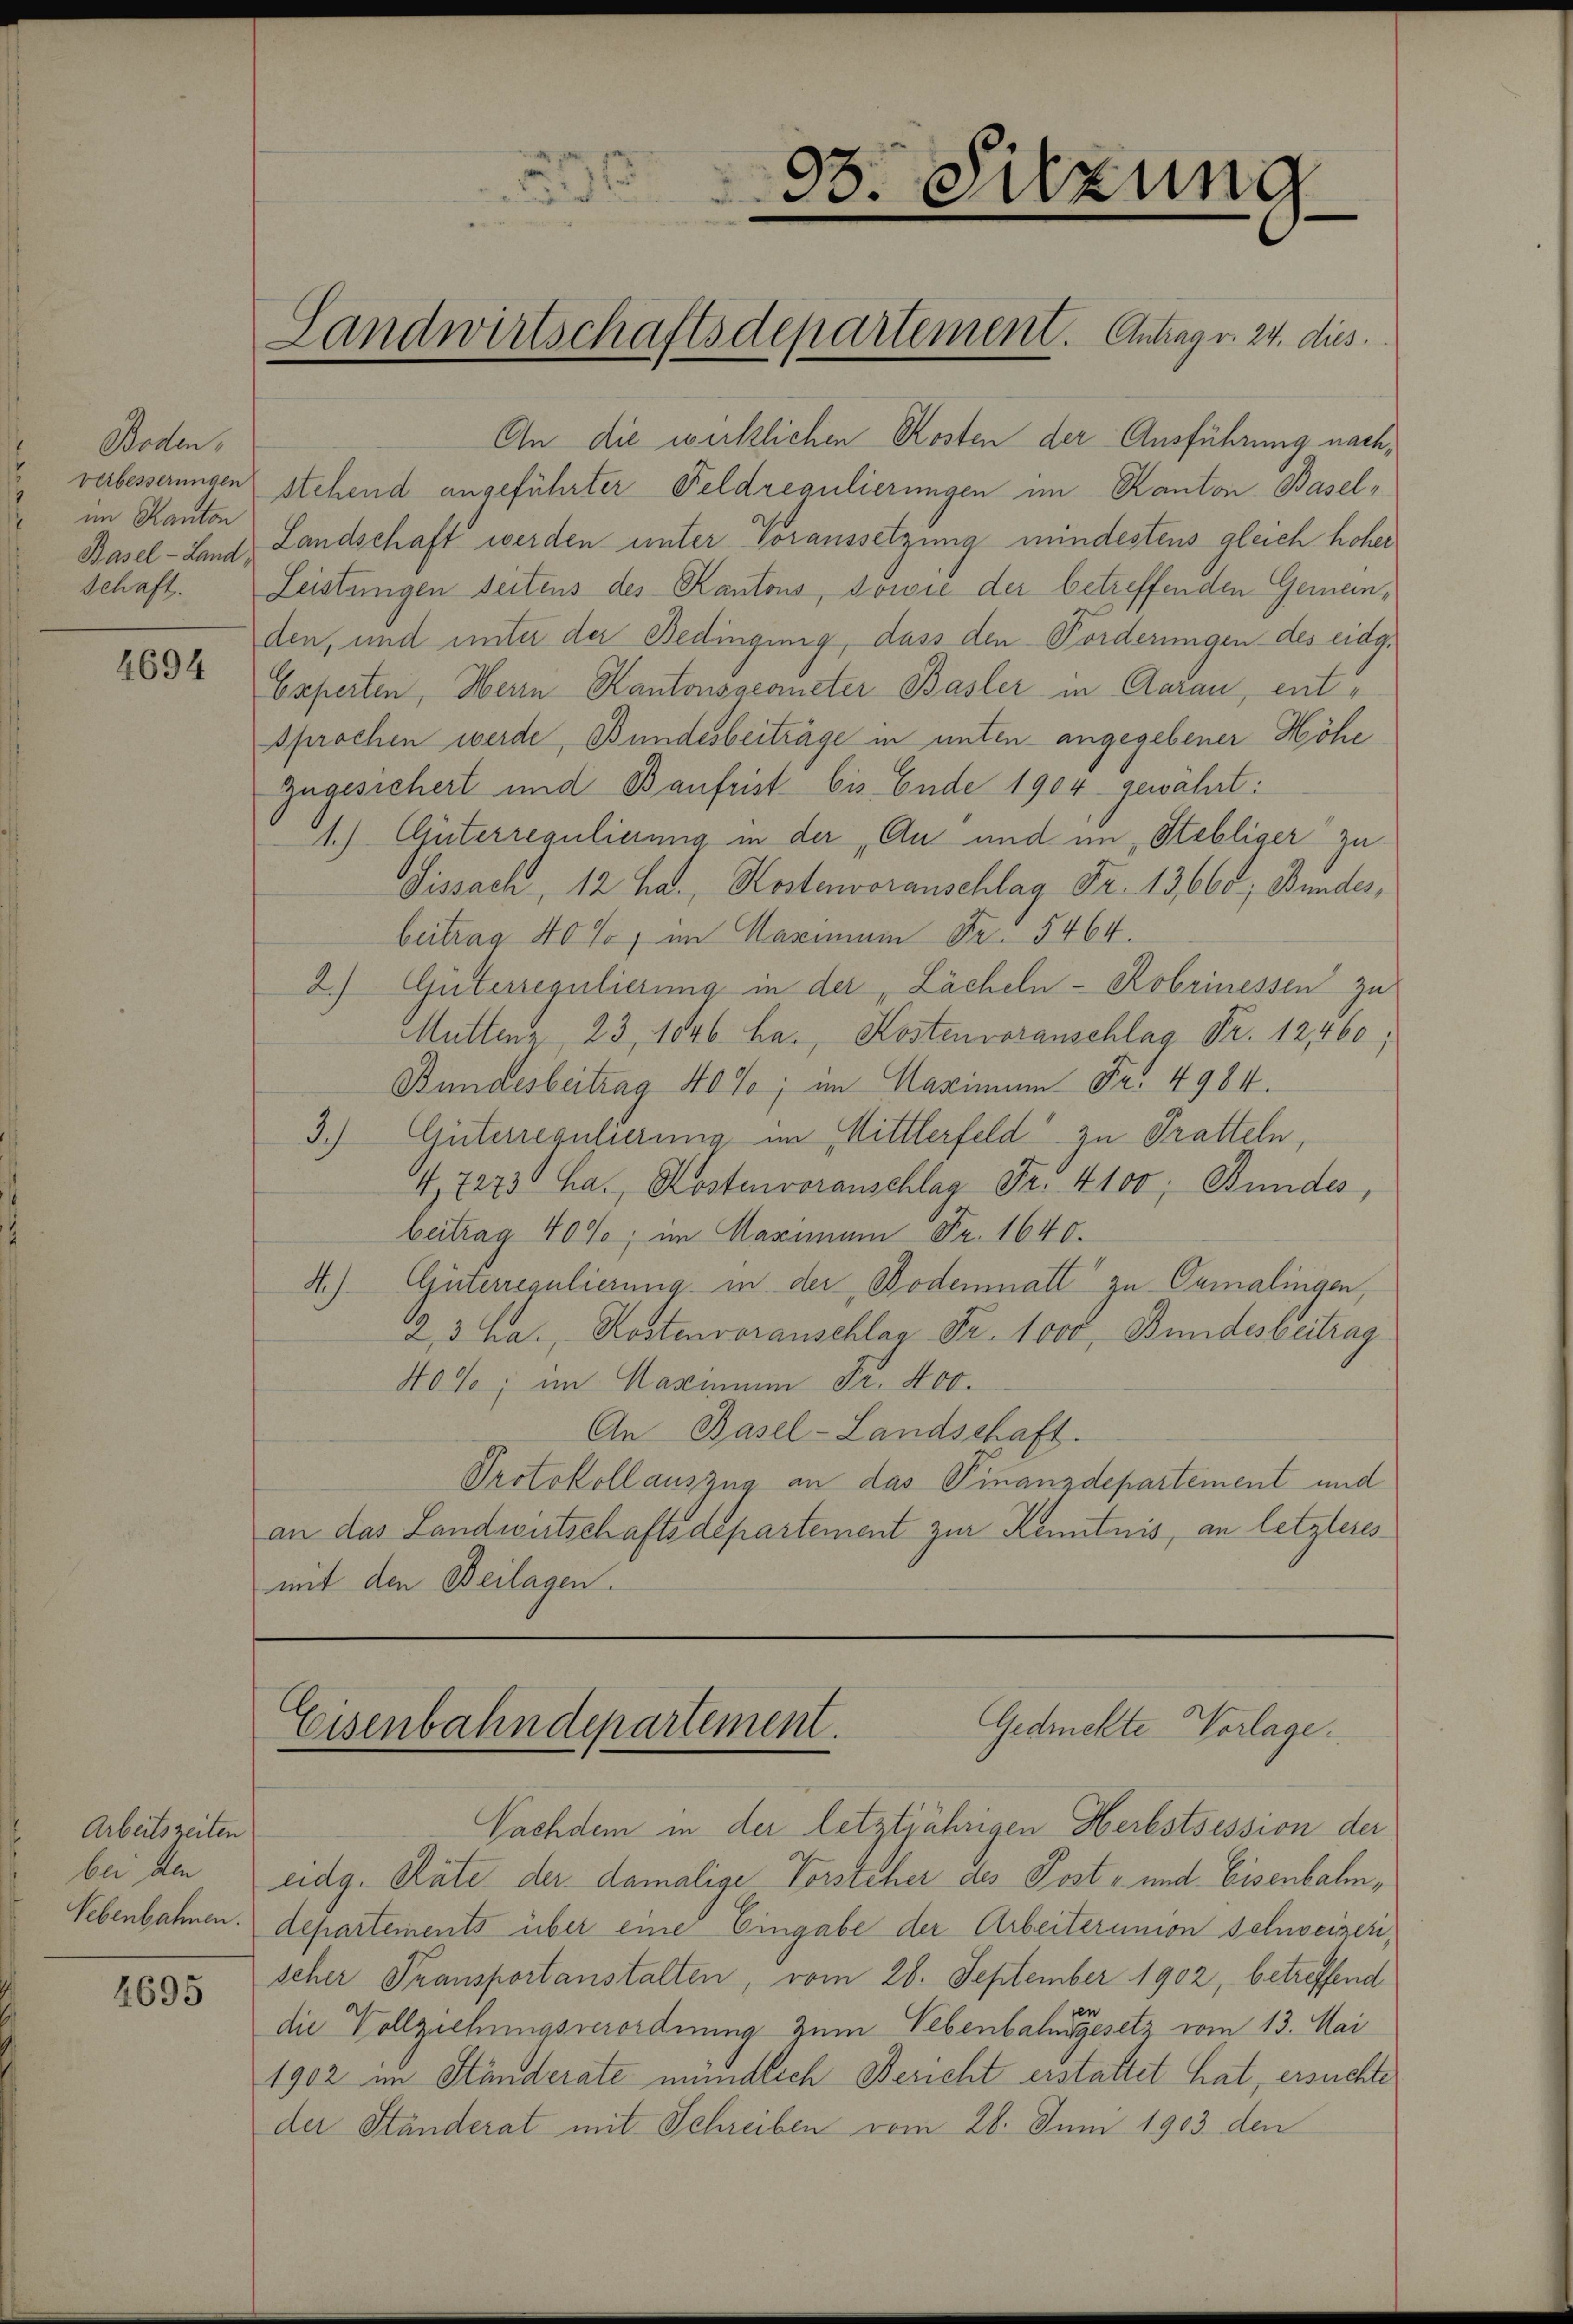
Boden,
im Kanton
Schaft.

4694

Arbeitszeiten
ber den
Vebenbahnen.

4695

An die wirklichen Kosten der Ausführung nachverbesserungen stehend angeführter Feldregulierungen im Kanton Basel¬
Basel-Land Landschaft werden unter Voraussetzung mindestens gleich höher
Leistungen seitens des Kantons, sowie der betreffenden Gemeinden, und unter der Bedingung, dass den Forderungen des eidg.
Experten, Herrn Kantonsgeometer Basler in Aarau, entsprochen werde, Bundesbeiträge in unten angegebener Höhe
zugesichert und Baufrist bis Ende 1904 gewährt:
1.) Güterregulierung in der Au und im „Stelliger zu
Fissach 12 La., Kostenvoranschlag Fr. 13,668; Bundes,
beitrag 40%, im Maximum Fr. 5464.
2.) Güterregulierung in der, Lächeln - Kobrinessen zu
Muttenz, 23, 1846 ha., Kostenvoranschlag Fr. 12460;
Bundesbeitrag 40%; im Marinum Fr. 4984.
3.) Güterregulierung im Mittlerfeld zu Pratteln,
I,7273 ha., Kostenvoranschlag Fr. 4100; Bundes,
beitrag 40%, im Maximum Fr. 1640.
A.)- Güterregulierung in der Bodenmatt zu Gamalingen,
2,3 ha., Kostenvoranschlag Fr. 1000, Bundesbeitrag
Hode; im Maximum Fr. 400.
An Basel-Landschaft.
Protokoll auszug an das Finanzdepartement und
an das Landwirtschaftsdepartement zur Kenntnis, an letzteres
mit den Beilagen.

Landwirtschaftsdepartement. Antrag v. 24. dies

33. Sitzung

Gedrückte Vorlage.
Eisenbahndepartement

Nachdem in der letztjährigen Herbstsession der
eidg. Räte der damalige Vorsteher des Post- und Eisenbahn,
departements über eine Eingabe der Arbeiterungen Schweizerischer Transportanstalten, vom 28. September 1902, betreffend
die Vollziehungsverordnung zum Nebenbahngesetz vom 13. Mai
1902 im Ständerate mündlich Bericht erstattet hat, ersuchte
der Ständerat mit Schreiben vom 26. Juni 1903 den